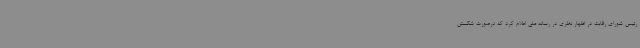
رئیس شورای رقابت در اظهار نظری در رسانه ملی اعلام کرد که درصورت شکستن